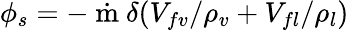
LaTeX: \phi_{s}=-\dot{\mathrm{~m~}}\delta(V_{fv}/\rho_{v}+V_{fl}/\rho_{l})